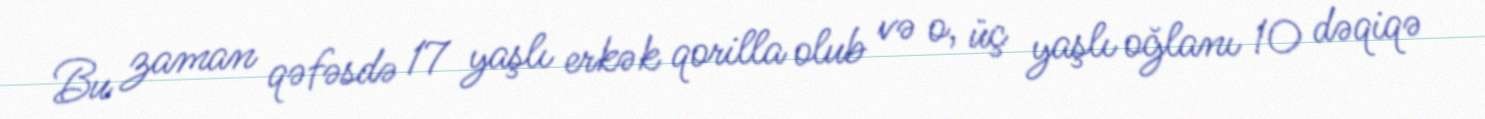
Bu zaman qəfəsdə 17 yaşlı erkək qorilla olub və o, üç yaşlı oğlanı 10 dəqiqə